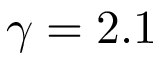
\gamma = 2 . 1